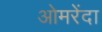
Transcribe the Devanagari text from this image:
ओमरेंदा